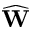
\widehat { \bf W }